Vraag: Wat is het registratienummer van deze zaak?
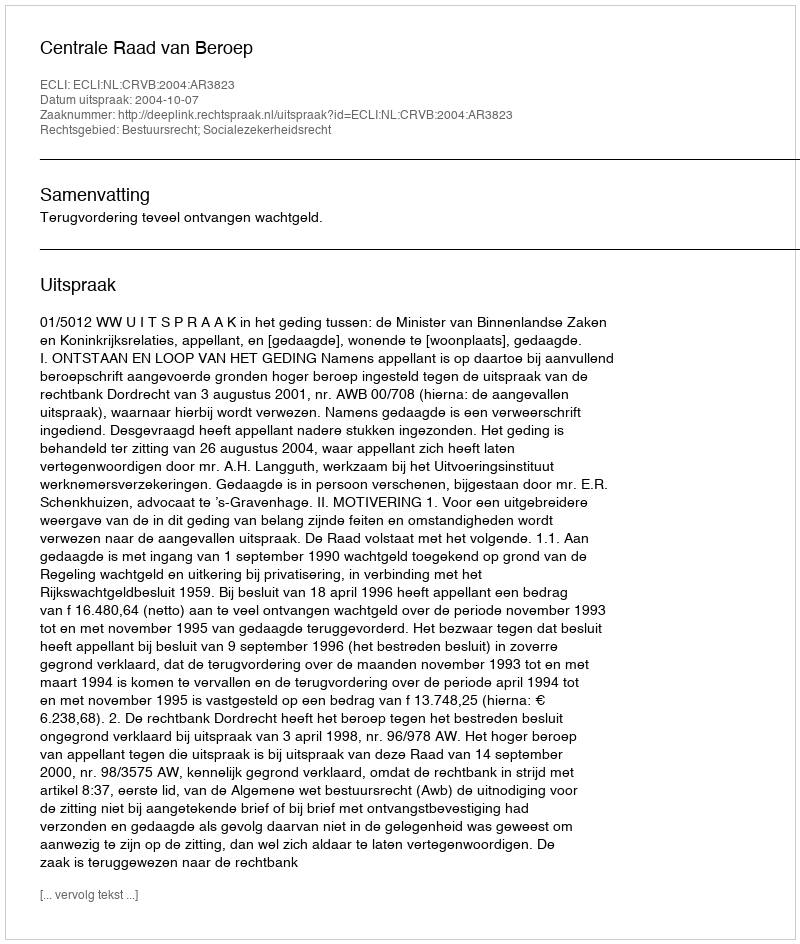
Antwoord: http://deeplink.rechtspraak.nl/uitspraak?id=ECLI:NL:CRVB:2004:AR3823